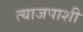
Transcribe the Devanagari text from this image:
त्याजपाशी